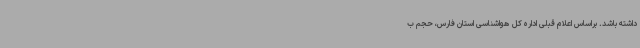
داشته باشد. براساس اعلام قبلی اداره کل هواشناسی استان فارس، حجم ب